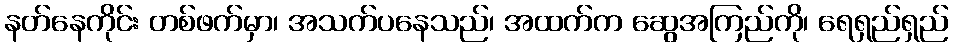
နတ်နေကိုင်း တစ်ဖက်မှာ၊ အသက်ပနေသည်၊ အထက်က ဆွေအကြည်ကို၊ ရေရှည်ရှည်